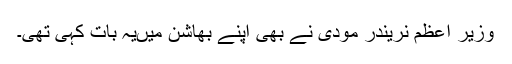
وزیر اعظم نریندر مودی نے بھی اپنے بھاشن میںیہ بات کہی تھی۔